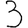
Digit: 3